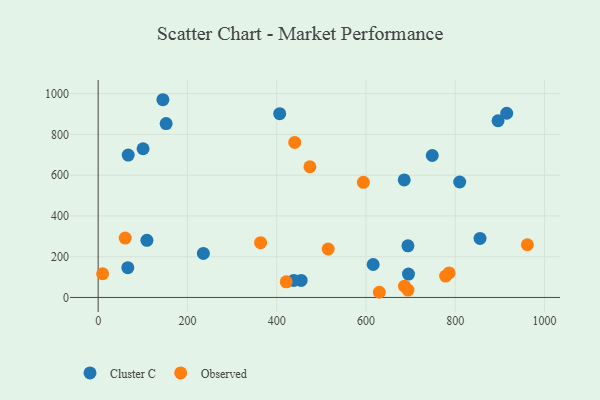
{"axis": {"x": "Distance", "y": "Profit"}, "legend": ["Cluster C", "Observed"], "data": [{"x": "235.7", "y": 216.2, "type": "Cluster C"}, {"x": "748.5", "y": 696.5, "type": "Cluster C"}, {"x": "855.5", "y": 289.9, "type": "Cluster C"}, {"x": "895.9", "y": 867.2, "type": "Cluster C"}, {"x": "694.0", "y": 253.1, "type": "Cluster C"}, {"x": "454.8", "y": 83.5, "type": "Cluster C"}, {"x": "685.7", "y": 576.9, "type": "Cluster C"}, {"x": "152.3", "y": 853.1, "type": "Cluster C"}, {"x": "695.2", "y": 114.8, "type": "Cluster C"}, {"x": "616.1", "y": 161.6, "type": "Cluster C"}, {"x": "67.3", "y": 698.8, "type": "Cluster C"}, {"x": "145.0", "y": 970.3, "type": "Cluster C"}, {"x": "406.7", "y": 901.7, "type": "Cluster C"}, {"x": "915.3", "y": 903.9, "type": "Cluster C"}, {"x": "109.2", "y": 280.1, "type": "Cluster C"}, {"x": "100.6", "y": 729.8, "type": "Cluster C"}, {"x": "810.0", "y": 566.5, "type": "Cluster C"}, {"x": "66.4", "y": 146.3, "type": "Cluster C"}, {"x": "438.4", "y": 83.7, "type": "Cluster C"}, {"x": "686.4", "y": 55.1, "type": "Observed"}, {"x": "421.3", "y": 76.6, "type": "Observed"}, {"x": "10.0", "y": 116.2, "type": "Observed"}, {"x": "363.9", "y": 268.8, "type": "Observed"}, {"x": "778.4", "y": 105.1, "type": "Observed"}, {"x": "961.6", "y": 258.6, "type": "Observed"}, {"x": "594.2", "y": 565.0, "type": "Observed"}, {"x": "786.3", "y": 120.3, "type": "Observed"}, {"x": "60.6", "y": 291.4, "type": "Observed"}, {"x": "474.4", "y": 641.4, "type": "Observed"}, {"x": "440.4", "y": 760.6, "type": "Observed"}, {"x": "630.0", "y": 25.4, "type": "Observed"}, {"x": "694.2", "y": 36.4, "type": "Observed"}, {"x": "515.3", "y": 237.7, "type": "Observed"}]}